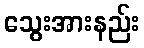
သွေးအားနည်း